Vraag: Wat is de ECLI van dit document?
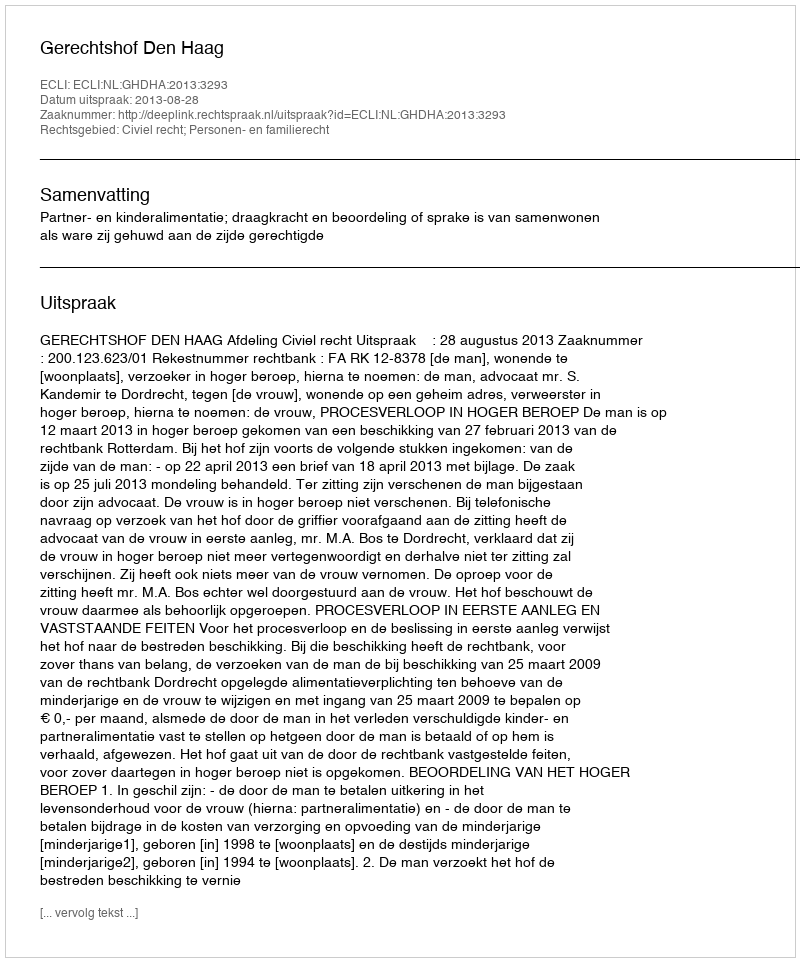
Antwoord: ECLI:NL:GHDHA:2013:3293